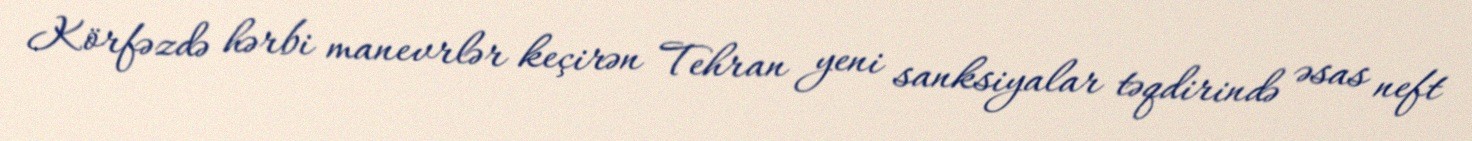
Körfəzdə hərbi manevrlər keçirən Tehran yeni sanksiyalar təqdirində əsas neft